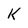
Character: k